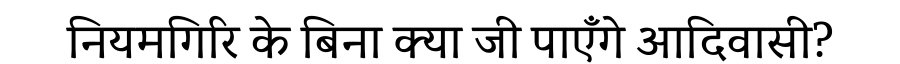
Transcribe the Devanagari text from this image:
नियमगिरि के बिना क्या जी पाएँगे आदिवासी?